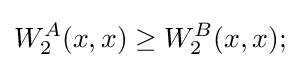
W_{2}^{A}(x,x)\geq W_{2}^{B}(x,x);